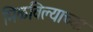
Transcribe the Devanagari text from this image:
मिळविल्याच्या